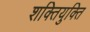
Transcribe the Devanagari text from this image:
शक्तियुक्ति